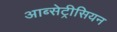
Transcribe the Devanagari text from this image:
आब्सेट्रीसियन